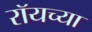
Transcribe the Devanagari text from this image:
रॉयच्या